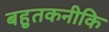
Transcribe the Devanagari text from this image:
बहुतकनीकि